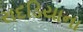
રાદડિયાના